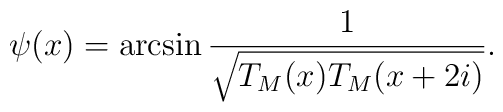
\psi(x) =\arcsin \frac{1}{\sqrt{T_M(x)T_M(x+2i)}}.